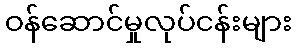
ဝန်ဆောင်မှုလုပ်ငန်းများ